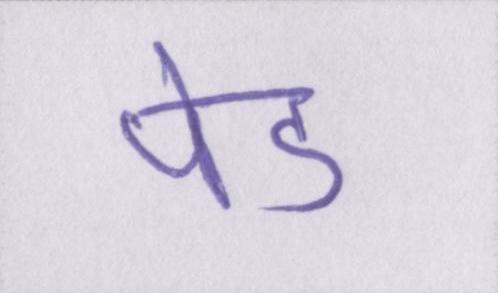
पेड